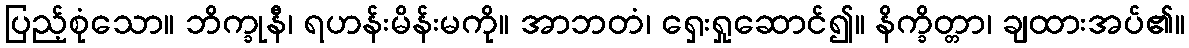
ပြည့်စုံသော။ ဘိက္ခုနီ၊ ရဟန်းမိန်းမကို။ အာဘတံ၊ ရှေးရှုဆောင်၍။ နိက္ခိတ္တာ၊ ချထားအပ်၏။